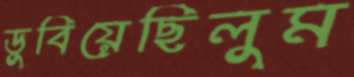
ডুবিয়েছিলুম